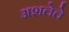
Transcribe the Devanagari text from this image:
अशलेले